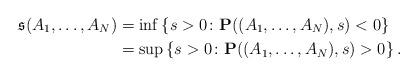
LaTeX: \begin{align*}\mathfrak{s}(A_1,\ldots,A_N)&=\inf\left\{s>0 \colon \mathbf{P}((A_1,\ldots,A_N),s)<0\right\}\\&=\sup\left\{s>0 \colon \mathbf{P}((A_1,\ldots,A_N),s)>0\right\}.\end{align*}